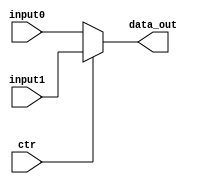
`timescale 1ns / 1ps 
//////////////////////////////////////////////////////////////////////////////////
// Company:
// Engineer:
//
// Design Name:
// Module Name: Mux5
// Project Name:
// Target Devices:
// Tool Versions:
// Description:
//
// Dependencies:
//
// Revision:
// Revision 0.01 - File Created
// Additional Comments:
//
//////////////////////////////////////////////////////////////////////////////////


module Mux5(
           input [4: 0] input1,
           input [4: 0] input0,
           input ctr,
           output reg [4: 0] data_out
       );

always @(input1 or input0
             or ctr) begin
    data_out = ctr ? input1 : input0;
end

endmodule